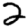
Digit: 2